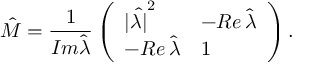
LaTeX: \hat { \cal M } = { \frac { 1 } { { \cal I } m \hat { \lambda } } } \left( \begin{array} { l l } { { | \hat { \lambda | } ^ { 2 } } } & { { - { \cal R } e \, \hat { \lambda } } } \\ { { - { \cal R } e \, \hat { \lambda } } } & { { 1 } } \end{array} \right) .